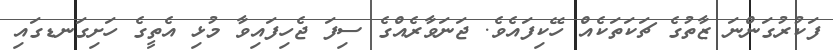
ފަކުރުގަންނަ ޒާތުގެ ޗަކަތަކެއް ހޭކިފައެވެ. ޖަނަވާރެއްގެ ސިފަ ޖެހިފައިވާ މުޅި އެތީގެ ހަށިގަނޑގައި